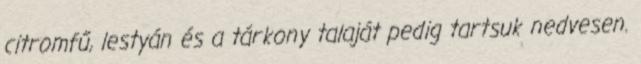
citromfű, lestyán és a tárkony talaját pedig tartsuk nedvesen.